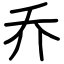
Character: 乔